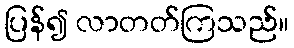
ပြန်၍ လာတတ်ကြသည်။